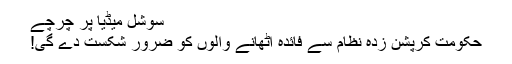
سوشل میڈیا پر چرچے
حکومت کرپشن زدہ نظام سے فائدہ اٹھانے والوں کو ضرور شکست دے گی!